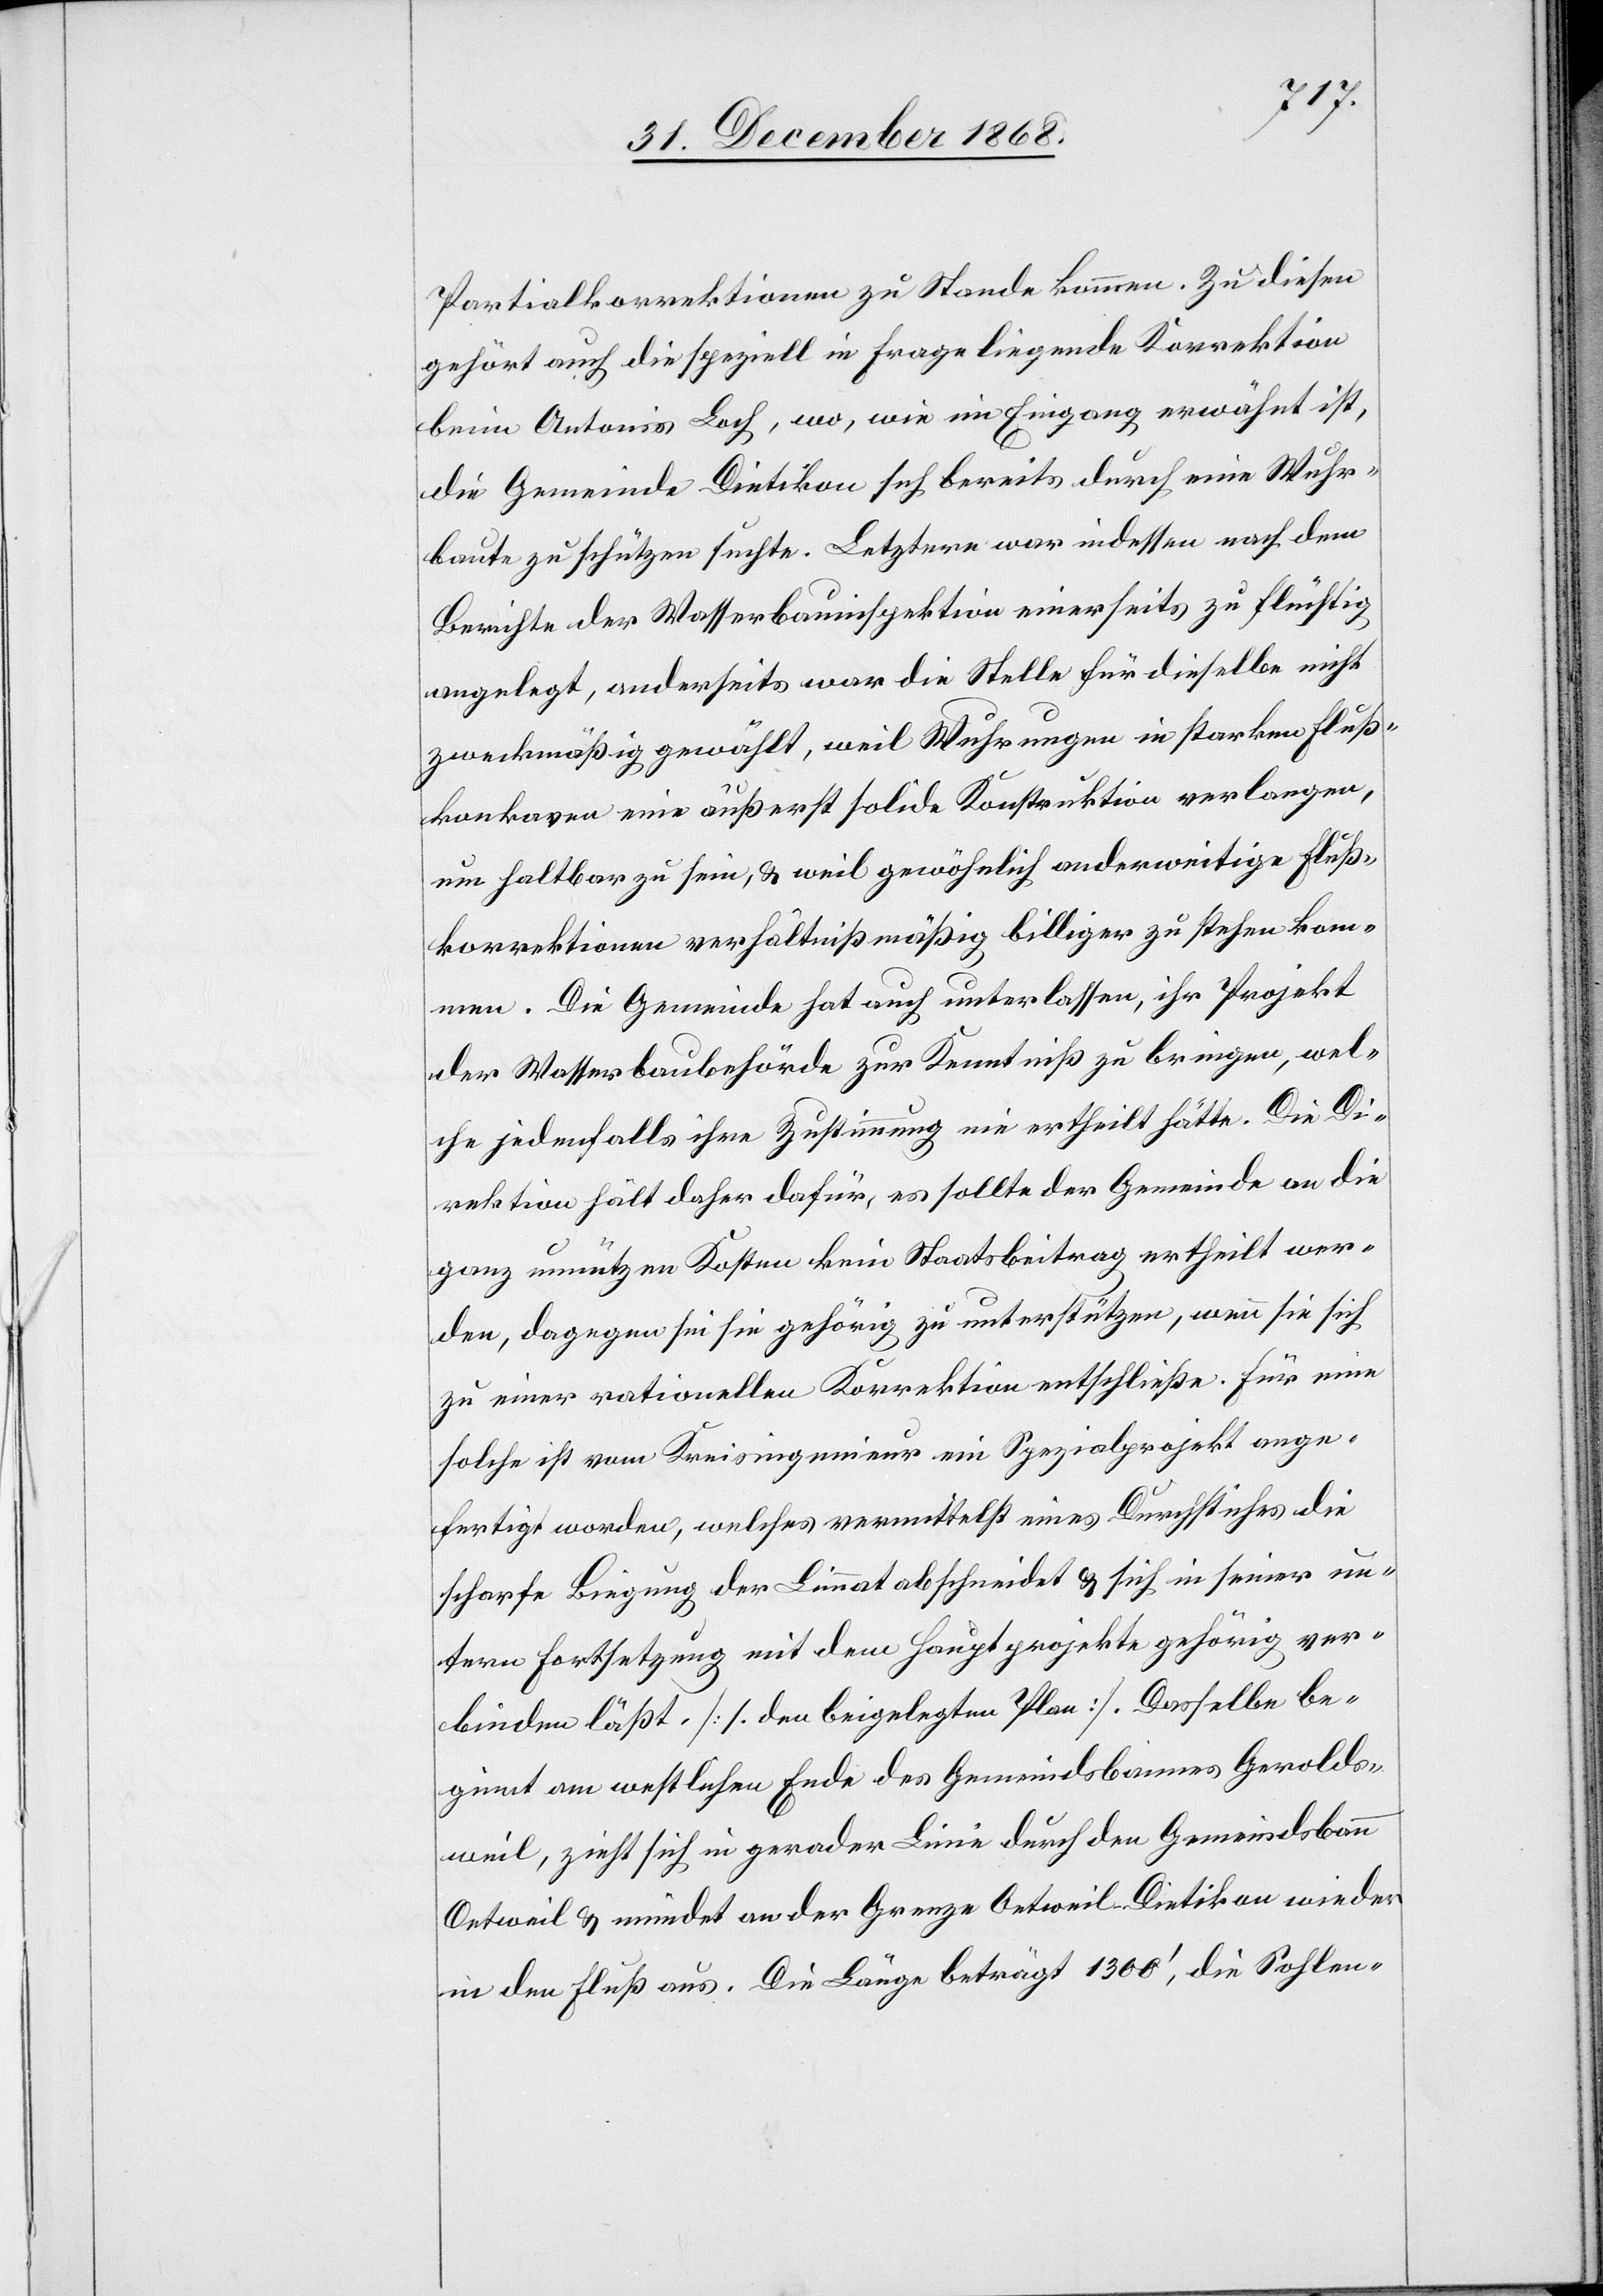
Partialkorrektionen zu Stande kommen. Zu diesen
gehört auch die speziell in Frage liegende Korrektion
beim Antonis Loch, wo, wie im Eingang erwähnt ist,
die Gemeinde Dietikon sich bereits durch eine Wuhr¬
baute zu schützen suchte. Letztere war indessen nach dem
Berichte der Wasserbauinspektion einerseits zu flüchtig
angelegt, anderseits war die Stelle für dieselbe nicht
zweckmäßig gewählt, weil Wuhrungen in starken Fluß¬
konkaven eine äußerst solide Konstruktion verlangen,
um haltbar zu sein, & weil gewöhnlich anderweitige Fluß¬
korrektionen verhältnißmäßig billiger zu stehen kom¬
men. Die Gemeinde hat auch unterlassen, ihr Projekt
der Wasserbaubehörde zur Kenntniß zu bringen, wel¬
che jedenfalls ihre Zustimmung nie ertheilt hätte. Die Di¬
rektion hält daher dafür, es sollte der Gemeinde an die
ganz unnützen Kosten kein Staatsbeitrag ertheilt wer¬
den, dagegen sei sie gehörig zu unterstützen, wenn sie sich
zu einer rationellen Korrektion entschließe. Für eine
solche ist vom Kreisingenieur ein Spezialprojekt ange¬
fertigt worden, welches vermittelst eines Durchstiches die
scharfe Biegung der Limmat abschneidet & sich in seiner un¬
tern Fortsetzung mit dem Hauptprojekte gehörig ver¬
binden läßt. [s. den beigelegten Plan]. Dasselbe be¬
ginnt am westlichen Ende des Gemeindsbannes Gerolds¬
weil, zieht sich in gerader Linie durch den Gemeindsbann
Oetweil & mündet an der Grenze Oetweil–Dietikon wieder
in den Fluß aus. Die Länge beträgt 1300‘, die Sohlen-